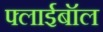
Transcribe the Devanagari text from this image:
फ्लाईबॉल